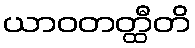
ယာဝတတ္ထီတိ